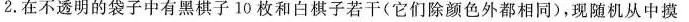
2.在不透明的袋子中有黑棋子10枚和白棋子若干(它们除颜色外都相同)，现随机从中摸